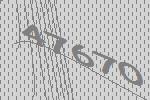
47670